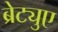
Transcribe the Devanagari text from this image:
ब्रेट्युए